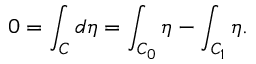
0 = \int _ { C } d \eta = \int _ { C _ { 0 } } \eta - \int _ { C _ { 1 } } \eta .